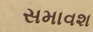
સમાવશ